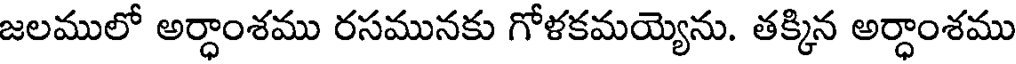
జలములో అర్ధాంశము రసమునకు గోళకమయ్యెను. తక్కిన అర్ధాంశము